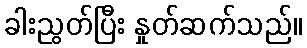
ခါးညွတ်ပြီး နှုတ်ဆက်သည်။